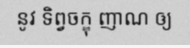
នូវ ទិព្វចក្ខុ ញាណ ឲ្យ